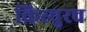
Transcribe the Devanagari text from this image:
क्रिस्चुरच